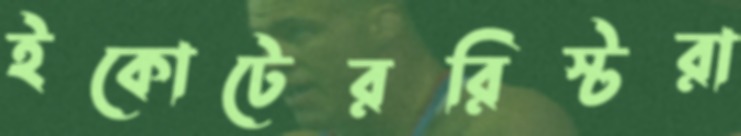
ইকোটেররিস্টরা